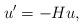
LaTeX: \begin{align*}u'=-Hu,\end{align*}